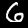
Digit: 6